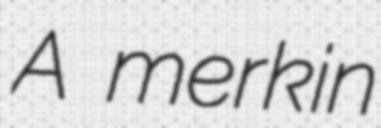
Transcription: A merkin